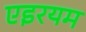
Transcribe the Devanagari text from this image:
एइरयम